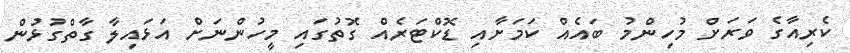
ކެރިއާގެ ވަރަށް މުހިންމު ބައެއް ކަމަށާއި ޑޮކްޓަރެއް ގޮތުގައި މީހުންނަށް އަޅައިލާ ގާތްގުޅުން